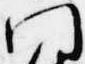
門